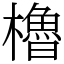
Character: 櫓